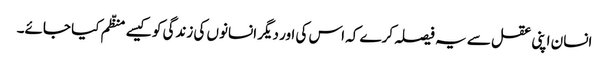
انسان اپنی عقل سے یہ فیصلہ کرے کہ اس کی اور دیگر انسانوں کی زندگی کو کیسے منظّم کیا جائے۔